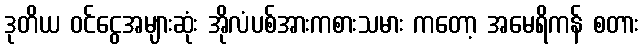
ဒုတိယ ဝင်ငွေအများဆုံး အိုလံပစ်အားကစားသမား ကတော့ အမေရိကန် စတား